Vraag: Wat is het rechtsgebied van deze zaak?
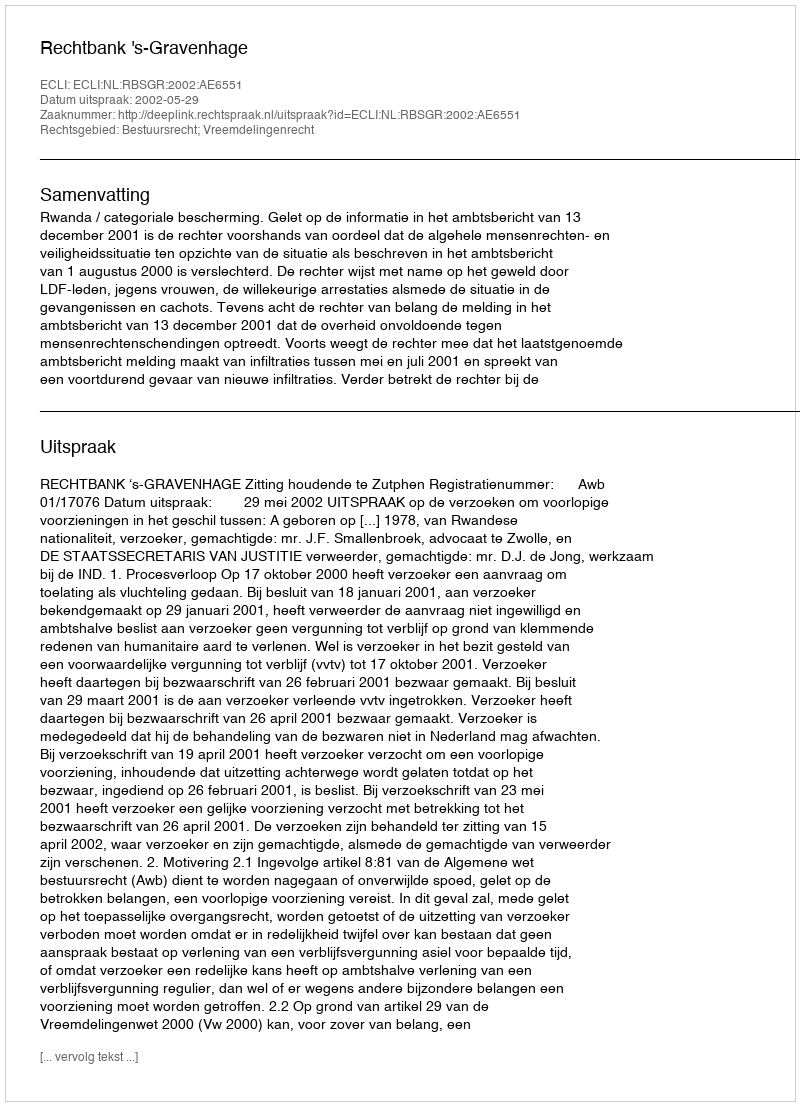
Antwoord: Bestuursrecht; Vreemdelingenrecht